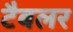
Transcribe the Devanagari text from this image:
टैबलर